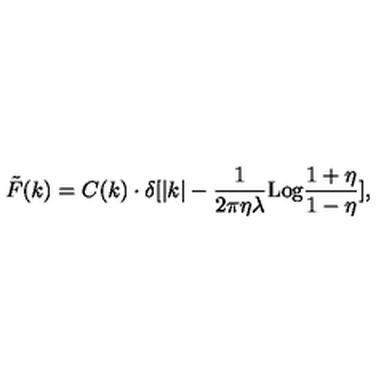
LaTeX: \tilde { F } ( k ) = C ( k ) \cdot \delta [ | k | - { \frac { 1 } { 2 \pi \eta \lambda } } \mathrm { L o g } { \frac { 1 + \eta } { 1 - \eta } } ] ,